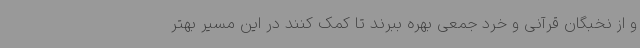
و از نخبگان قرآنی و خرد جمعی بهره ببرند تا کمک کنند در این مسیر بهتر